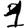
Digit: 1